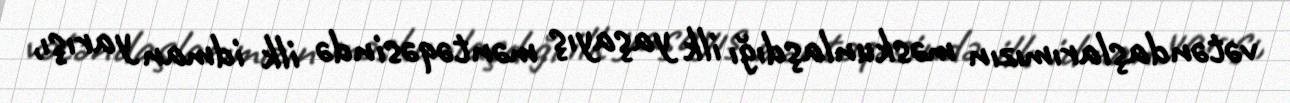
vətəndaşlarımızın məskunlaşdığı ilk yaşayış məntəqəsində ilk idman yarışı,